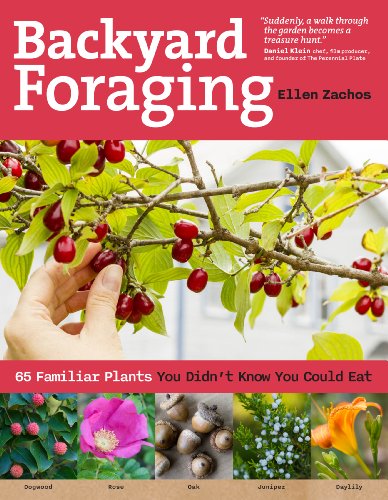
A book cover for Backyard Foraging: 65 Familiar Plants You Didn't Know You Could Eat; Ellen Zachos; Crafts, Hobbies & Home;